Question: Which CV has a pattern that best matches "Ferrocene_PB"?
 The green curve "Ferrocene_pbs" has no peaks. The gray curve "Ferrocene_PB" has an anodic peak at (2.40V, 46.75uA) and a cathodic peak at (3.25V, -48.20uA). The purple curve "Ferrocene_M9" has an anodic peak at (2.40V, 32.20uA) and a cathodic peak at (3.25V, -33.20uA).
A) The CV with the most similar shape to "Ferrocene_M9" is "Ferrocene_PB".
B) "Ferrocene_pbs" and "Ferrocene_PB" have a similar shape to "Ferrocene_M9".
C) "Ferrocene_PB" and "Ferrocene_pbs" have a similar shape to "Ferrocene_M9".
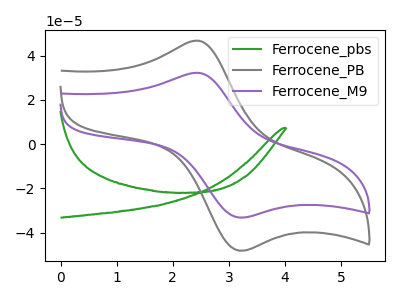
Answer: <think>"Ferrocene_pbs" and "Ferrocene_PB" have a different number of peaks. "Ferrocene_pbs" and "Ferrocene_M9" have a different number of peaks. All the peaks in "Ferrocene_PB" have a peak in "Ferrocene_M9" at the same potential. Every peak in "Ferrocene_PB" is higher than every peak in "Ferrocene_M9".
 </think>
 <answer>A) The CV with the most similar shape to "Ferrocene_M9" is "Ferrocene_PB".</answer>
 <eval>A</eval>